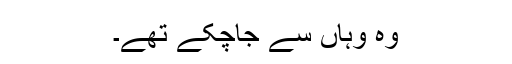
وہ وہاں سے جاچکے تھے۔